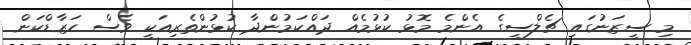
މި ސީޒަނުގައި ޗެލްސީގެ އެންމެ މޮޅު ކުޅުމެއް ދައްކަމުންދާ ކުޅުންތެރިއަކީ ވެސް ހަޒާޑްކަން